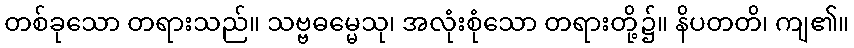
တစ်ခုသော တရားသည်။ သဗ္ဗဓမ္မေသု၊ အလုံးစုံသော တရားတို့၌။ နိပတတိ၊ ကျ၏။